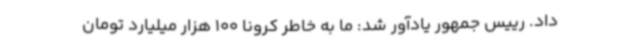
داد. رییس جمهور یادآور شد: ما به خاطر کرونا 100 هزار میلیارد تومان